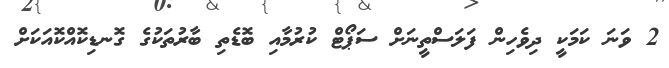
2 ވަނަ ކަމަކީ ދިވެހިން ފަލަސްތީނަށް ސަޕޯޓް ކުރުމާއި ބޮޑެތި ބާރުތަކުގެ ގޮނޑިކޮއްކޮއަކަށް